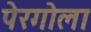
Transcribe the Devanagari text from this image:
पेरगोला